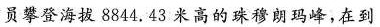
员攀登海拔8844.43米高的珠穆朗玛峰，在到